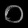
Digit: ၀